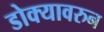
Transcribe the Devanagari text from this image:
डोक्यावरुन